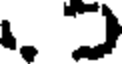
.